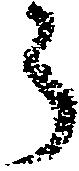
う